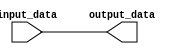
module parameterized_module #(parameter WIDTH = 8) (
    input [WIDTH-1:0] input_data,
    output [WIDTH-1:0] output_data
);

// Perform some custom functionality based on the parameter WIDTH
// For example, a simple passthrough module:
assign output_data = input_data;

endmodule